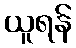
ယူရန်